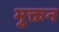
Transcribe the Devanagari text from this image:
मुक्तन